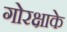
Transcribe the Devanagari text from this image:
गोरक्षाके